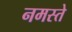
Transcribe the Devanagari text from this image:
नमस्‍ते